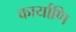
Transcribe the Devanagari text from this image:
कार्याणि